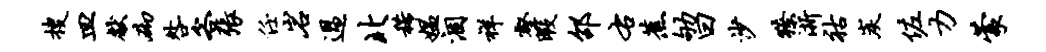
搜皿献砌咎客张任岩过北稀媪涸祥壑暇邵右蕉劬曰沙獠浙祜炭佐力蒙